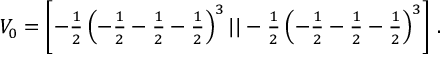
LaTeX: V _ { 0 } = \textstyle { \left[ - { \frac { 1 } { 2 } } \left( - { \frac { 1 } { 2 } } - { \frac { 1 } { 2 } } - { \frac { 1 } { 2 } } \right) ^ { 3 } | | - { \frac { 1 } { 2 } } \left( - { \frac { 1 } { 2 } } - { \frac { 1 } { 2 } } - { \frac { 1 } { 2 } } \right) ^ { 3 } \right] } ~ .